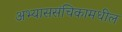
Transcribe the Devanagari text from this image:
अभ्याससंचिकामधील